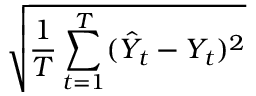
\sqrt { \frac { 1 } { T } \sum _ { t = 1 } ^ { T } ( \hat { Y } _ { t } - Y _ { t } ) ^ { 2 } }